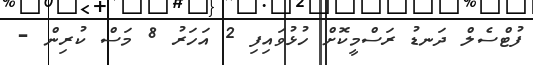
ފުޓްސެލް ދަނޑު ރަސްމީކޮށް ހުޅުވައިފި 2 އަހަރު 8 މަސް ކުރިން -